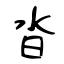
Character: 沓